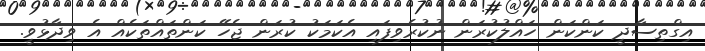
އިގްތިސާދީ ކަންކަން ހައްލުކުރަން ނުކުރެވިފައި އެކަމަކު ކުރަން ޖެހޭ ކަންތައްތަކެއް އެ ވިދާޅުވީ.